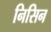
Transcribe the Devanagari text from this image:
निसिन